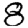
Digit: 8